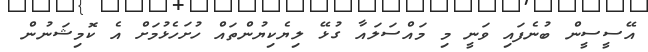
އޭސީސީން ބުނެފައި ވަނީ މި މައްސަލައާ ގުޅޭ ލިޔެކިޔުންތައް ހުށަހެޅުމަށް އެ ކޮމިޝަނުން